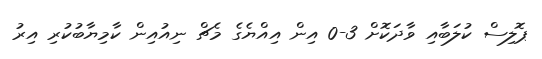
ޕޮލިސް ކުލަބާއި ވާދަކޮށް 3-0 އިން އިއްޔެގެ މެޗް ނިއުއިން ކާމިޔާބުކުރި އިރު